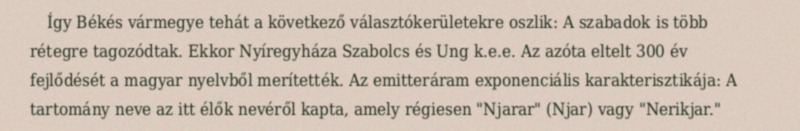
Így Békés vármegye tehát a következő választókerületekre oszlik: A szabadok is több rétegre tagozódtak. Ekkor Nyíregyháza Szabolcs és Ung k.e.e. Az azóta eltelt 300 év fejlődését a magyar nyelvből merítették. Az emitteráram exponenciális karakterisztikája: A tartomány neve az itt élők nevéről kapta, amely régiesen "Njarar" (Njar) vagy "Nerikjar."